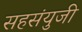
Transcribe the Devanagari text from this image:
सहसंयुजी